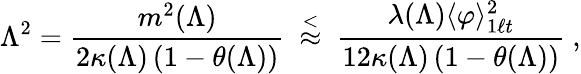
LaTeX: \Lambda^{2}=\frac{m^{2}(\Lambda)}{2\kappa(\Lambda)\left(1-\theta(\Lambda)\right)}\ \stackrel{<}{\approx}\ \frac{\lambda(\Lambda)\langle\varphi\rangle_{1\ell t}^{2}}{12\kappa(\Lambda)\left(1-\theta(\Lambda)\right)}\ ,